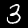
Digit: 3